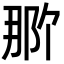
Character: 𬪄